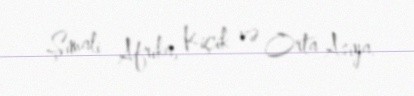
Şimali Afrika, Kiçik və Orta Asiya.